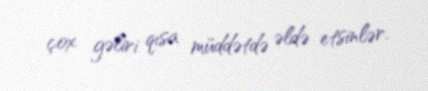
çox gəliri qısa müddətdə əldə etsinlər.